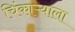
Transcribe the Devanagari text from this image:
चिंकाऱ्याला